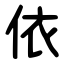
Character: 依